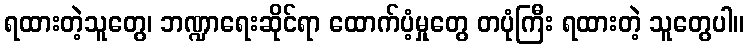
ရထားတဲ့သူတွေ၊ ဘဏ္ဍာရေးဆိုင်ရာ ထောက်ပံ့မှုတွေ တပုံကြီး ရထားတဲ့ သူတွေပါ။